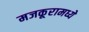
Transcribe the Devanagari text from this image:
मजकूरामध्ये